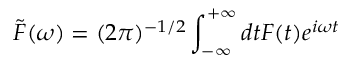
\tilde { F } ( \omega ) = ( 2 \pi ) ^ { - 1 / 2 } \int _ { - \infty } ^ { + \infty } d t F ( t ) e ^ { i \omega t }